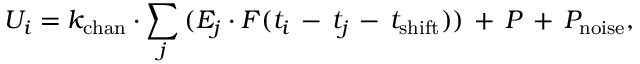
U _ { i } = k _ { \mathrm { c h a n } } \cdot \sum _ { j } { ( E _ { j } \cdot F ( t _ { i } \, - \, t _ { j } \, - \, t _ { \mathrm { s h i f t } } ) ) \, + \, P \, + \, P _ { \mathrm { n o i s e } } } ,